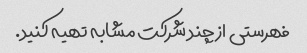
فهرستی از چند شرکت مشابه تهیه کنید.